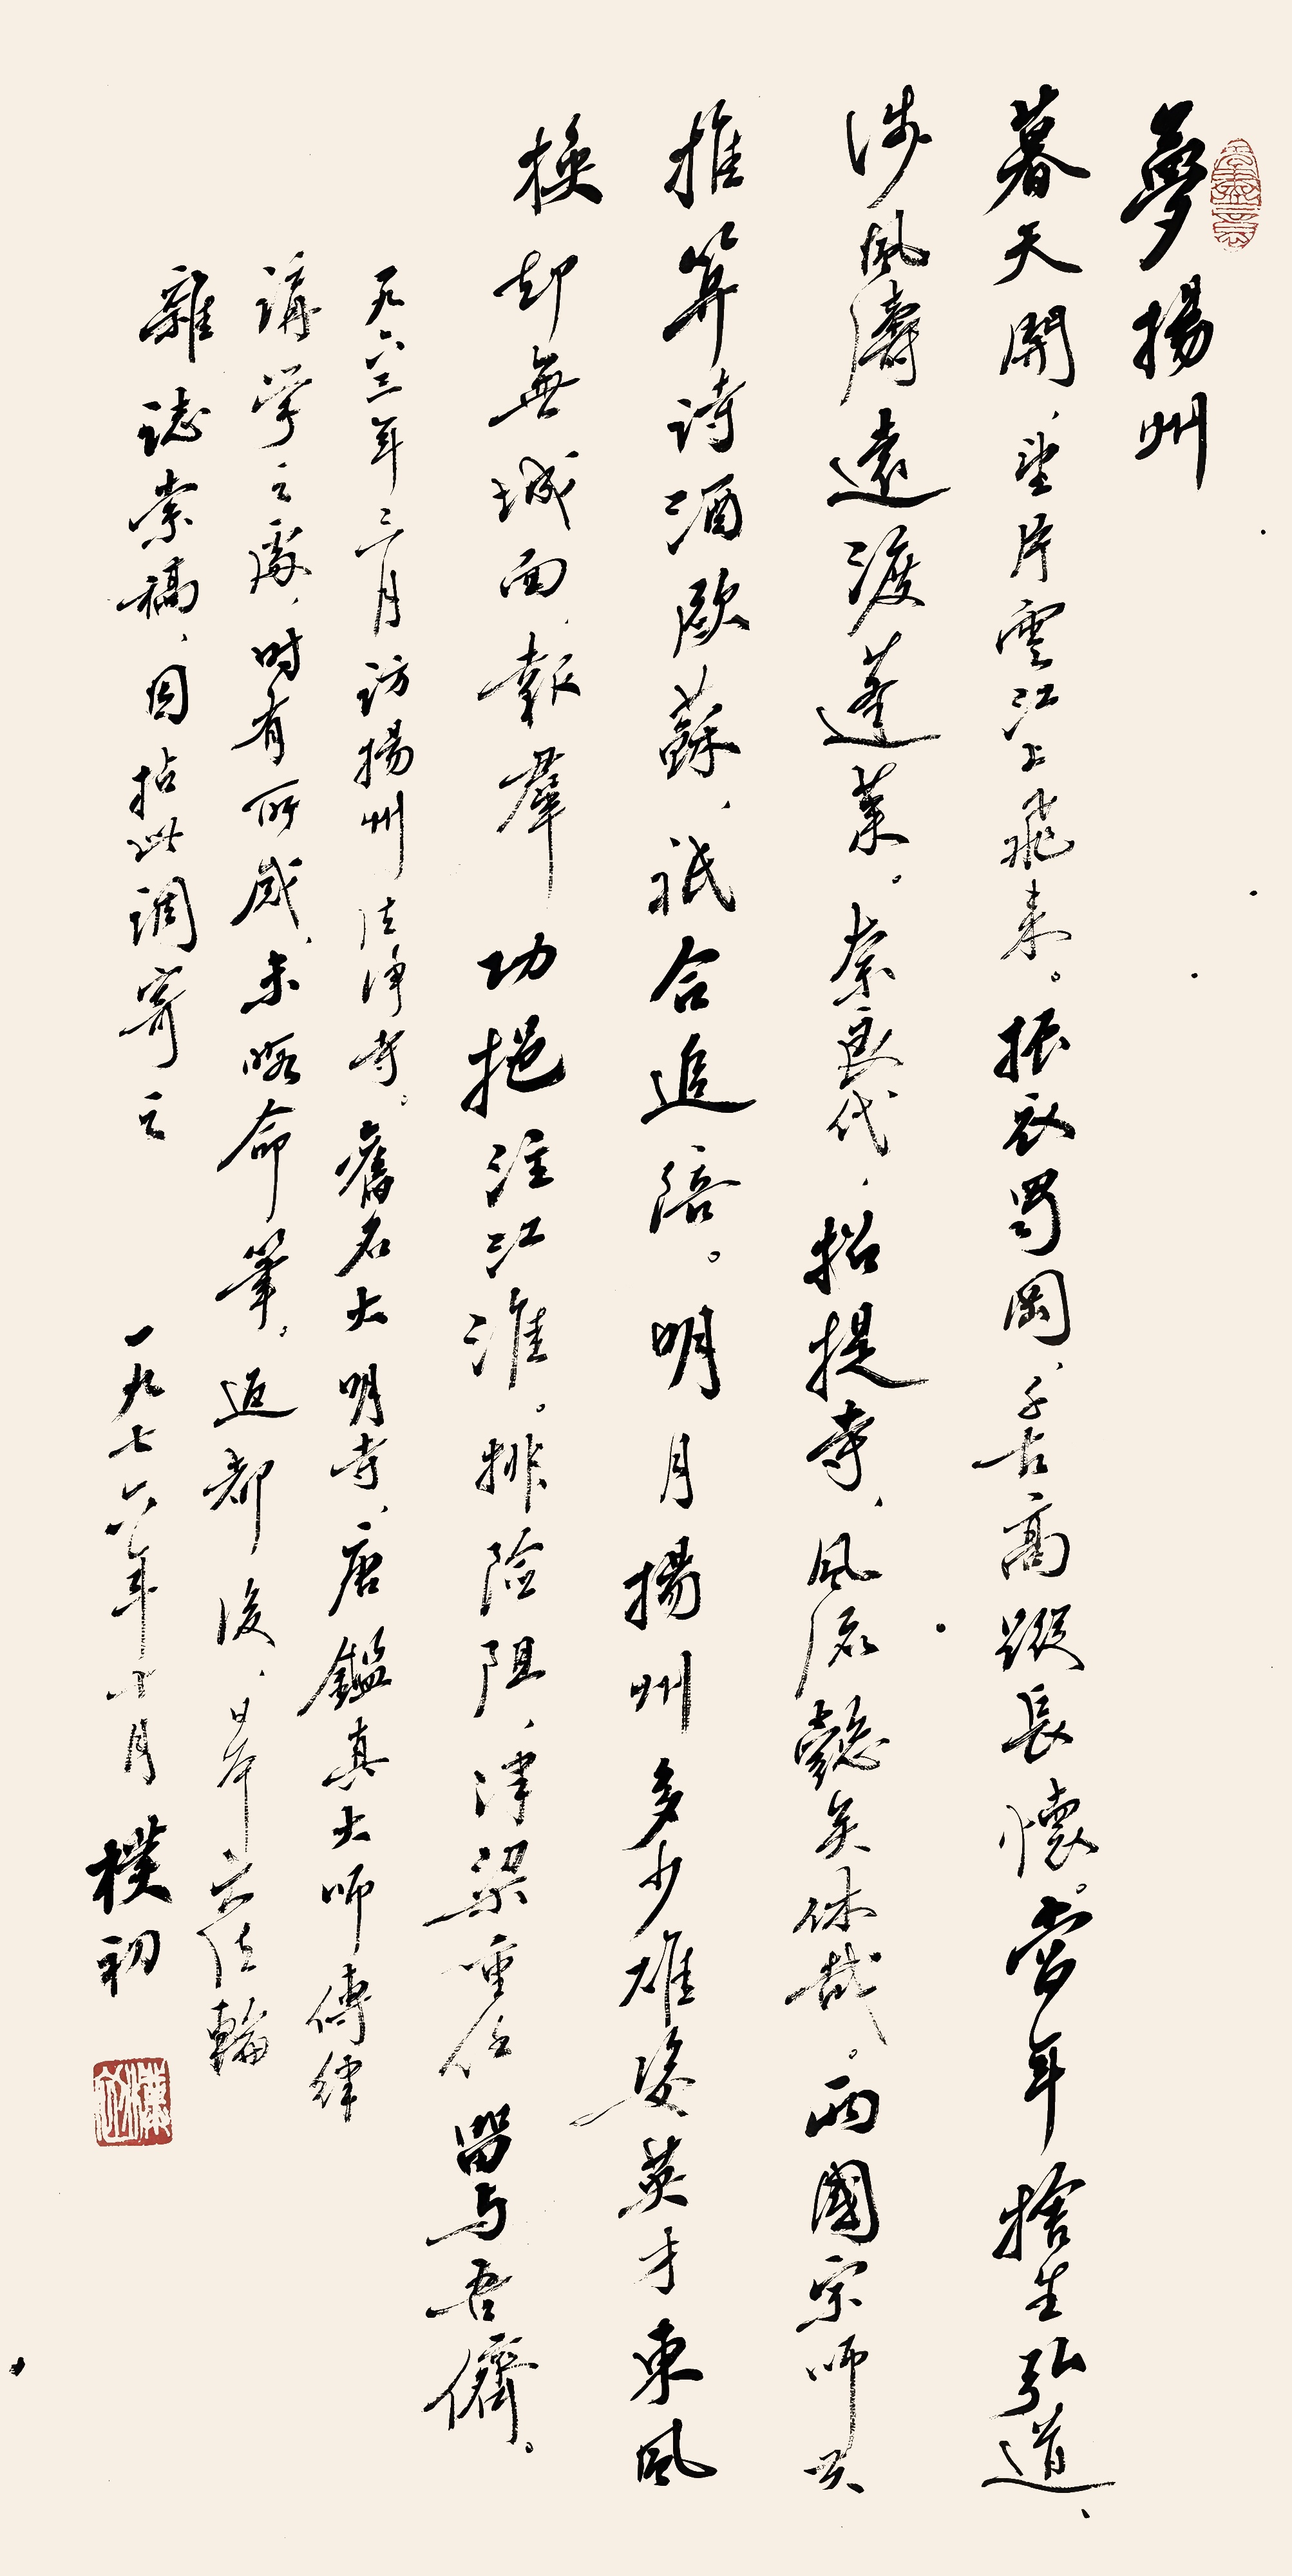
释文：梦扬州
暮天开，望片云江上飞来。振衣蜀冈，千古高踪长怀。当年舍生弘道，涉风涛远渡蓬莱。奈良代，招提寺，风流懿无休哉。两国宗师共推，算诗酒欧苏，只合追陪。明月扬州多少雄姿英才。东风换却无城面，报群功挹注江淮。排险阻，津梁重任留与吾侪。一九六三年三月访扬州法净寺，旧名大明寺，唐鉴真大师传律讲学之处，时有所成，未暇命笔。返都后，日本大法论杂志索稿，因拈此调寄之。
一九七六年十月，朴初。